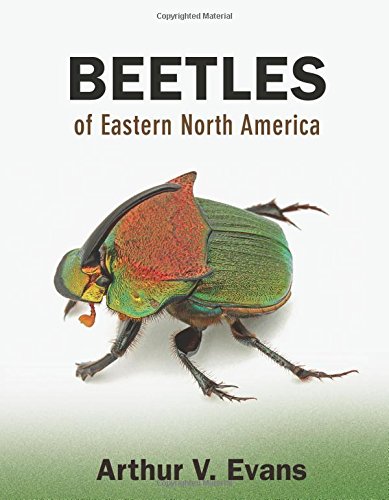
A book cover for Beetles of Eastern North America; Arthur V. Evans; Science & Math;